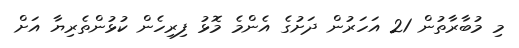
މި މުބާރާތުން 21 އަހަރުން ދަށުގެ އެންމެ މޮޅު ފިރިހެން ކުޅުންތެރިޔާ އަށް